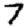
Digit: 7